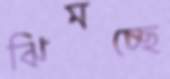
ঝিমচ্ছে